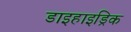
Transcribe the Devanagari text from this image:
डाइहाइड्रिक